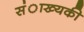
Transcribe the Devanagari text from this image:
संाख्यकी